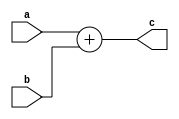
module n_bit_adder(c,a,b);

parameter n = 3;
input [n-1:0] a , b;
output [n:0] c;
assign c = a+b;

endmodule


module n_bit_adder_tb();
parameter n = 3;
reg [n-1:0] a , b;
wire [n:0] c;

n_bit_adder obj(.c(c),.a(a),.b(b));

initial 
    begin
        $dumpfile("n_bit_adder_WAVE.vcd");
        $dumpvars(0,n_bit_adder_tb);
        $monitor("a = %b, b = %b, sum = %b", a, b, c); 
    end

initial
    begin
        #0 a = 5 ; b = 4 ;
        #10 a = 3 ; b = 3 ;
        #10 a = 7 ; b = 2 ;
        #10 a = 1 ; b = 7 ;
        #10 $finish;
    end

endmodule